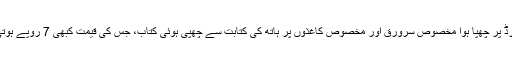
ہلکے پیلے رنگ کا کارڈ پر چھپا ہوا مخصوص سرورق اور مخصوص کاغذوں پر ہاتھ کی کتابت سے چھپی ہوئی کتاب، جس کی قیمت کبھی 7 روپے ہوتی اور کبھی 23 روپے۔